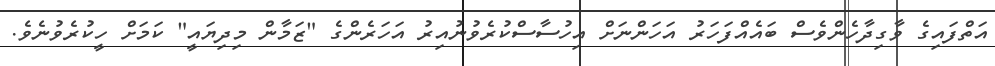
އަތްފައިގެ ވާގިދާހެންވެސް ބައެއްފަހަރު އަހަންނަށް އިހުސާސްކުރެވުނުއިރު އަހަރެންގެ "ޒަމާން މިދިޔައީ" ކަމަށް ހީކުރެވުނެވެ.